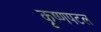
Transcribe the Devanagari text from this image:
कृष्णपटल